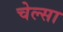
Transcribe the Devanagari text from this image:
चेल्सा